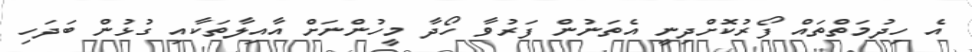
އެ ހިދުމަތްތައް ފޯރުކޮށްދިނީ އެތަނުން ފަރުވާ ހޯދާ މީހުންނަށް އާއިލާތަކާއި ގުޅުން ބަދަހި